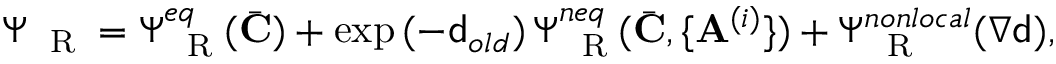
\Psi _ { \mathrm { ~ \tiny ~ R ~ } } = \Psi _ { \mathrm { ~ \tiny ~ R ~ } } ^ { e q } ( \bar { \mathbf { C } } ) + \exp { ( - { \mathsf { d } } _ { o l d } ) } \, \Psi _ { \mathrm { ~ \tiny ~ R ~ } } ^ { n e q } ( \bar { \mathbf { C } } , \{ \mathbf { A } ^ { ( i ) } \} ) + \Psi _ { \mathrm { ~ \tiny ~ R ~ } } ^ { n o n l o c a l } ( \nabla { \mathsf { d } } ) ,